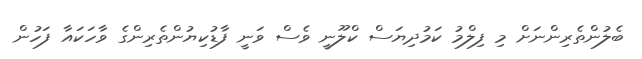
ބެލުންތެރިންނަށް މި ފިލްމު ކަމުދިޔަސް ކްލޫނީ ވެސް ވަނީ ފާޑުކިޔުންތެރިންގެ ވާހަކައާ ފަހުން